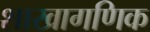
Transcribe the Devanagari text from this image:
शाखागणिक